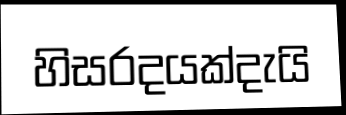
හිසරදයක්දැයි